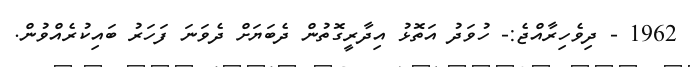
1962 - ދިވެހިރާއްޖެ:- ހުވަދު އަތޮޅު އިދާރީގޮތުން ދެބަޔަށް ދެވަނަ ފަހަރު ބައިކުރެއްވުން.